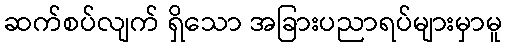
ဆက်စပ်လျက် ရှိသော အခြားပညာရပ်များမှာမူ